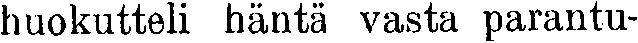
huokutteli häntä vasta parantu-